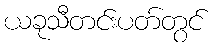
ယခုသီတင်းပတ်တွင်